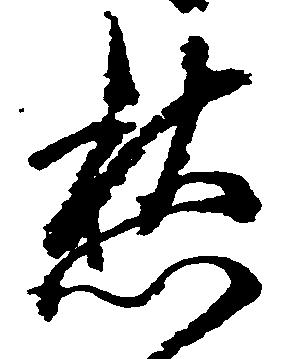
愁